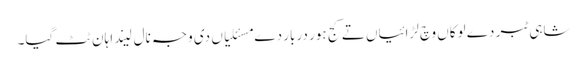
شاہی ٹبر دے لوکاں وچ لڑائیاں تے کج ہور دربار دے مسئلیاں دی وجہ نال لیندا ہان ٹٹ گیا۔